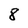
Character: 8